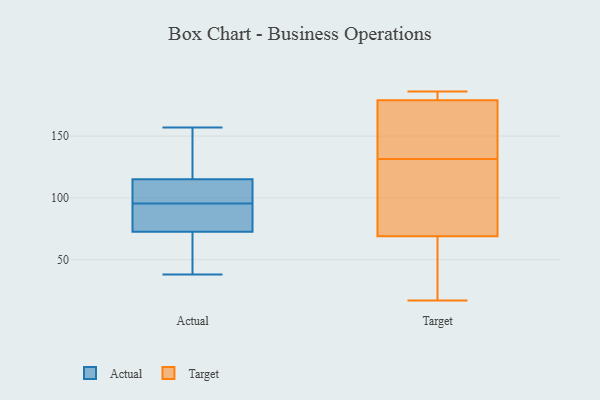
{"axis": {"x": "Temperature (°C)", "y": "Value"}, "legend": ["Actual", "Target"], "data": [{"x": "", "y": 98, "type": "Actual"}, {"x": "", "y": 108, "type": "Actual"}, {"x": "", "y": 91, "type": "Actual"}, {"x": "", "y": 115, "type": "Actual"}, {"x": "", "y": 77, "type": "Actual"}, {"x": "", "y": 157, "type": "Actual"}, {"x": "", "y": 68, "type": "Actual"}, {"x": "", "y": 115, "type": "Actual"}, {"x": "", "y": 93, "type": "Actual"}, {"x": "", "y": 38, "type": "Actual"}, {"x": "", "y": 125, "type": "Actual"}, {"x": "", "y": 43, "type": "Actual"}, {"x": "", "y": 69, "type": "Target"}, {"x": "", "y": 151, "type": "Target"}, {"x": "", "y": 59, "type": "Target"}, {"x": "", "y": 91, "type": "Target"}, {"x": "", "y": 179, "type": "Target"}, {"x": "", "y": 159, "type": "Target"}, {"x": "", "y": 17, "type": "Target"}, {"x": "", "y": 182, "type": "Target"}, {"x": "", "y": 112, "type": "Target"}, {"x": "", "y": 92, "type": "Target"}, {"x": "", "y": 167, "type": "Target"}, {"x": "", "y": 31, "type": "Target"}, {"x": "", "y": 186, "type": "Target"}, {"x": "", "y": 179, "type": "Target"}]}